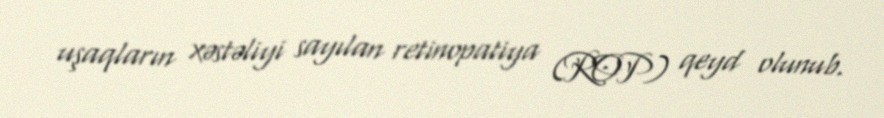
uşaqların xəstəliyi sayılan retinopatiya (ROP) qeyd olunub.